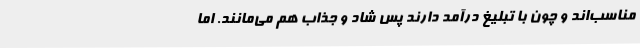
مناسب‌اند و چون با تبلیغ درآمد دارند پس شاد و جذاب هم می‌مانند. اما